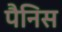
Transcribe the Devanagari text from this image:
पैनिस